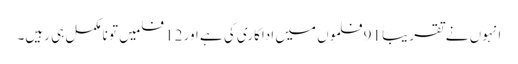
انہوں نے تقریباً 91 فلموں میں اداکاری کی ہے اور 12 فلمیں تو نامکمل ہی رہیں۔